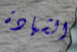
الشهادة